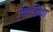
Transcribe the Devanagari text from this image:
सिधिया